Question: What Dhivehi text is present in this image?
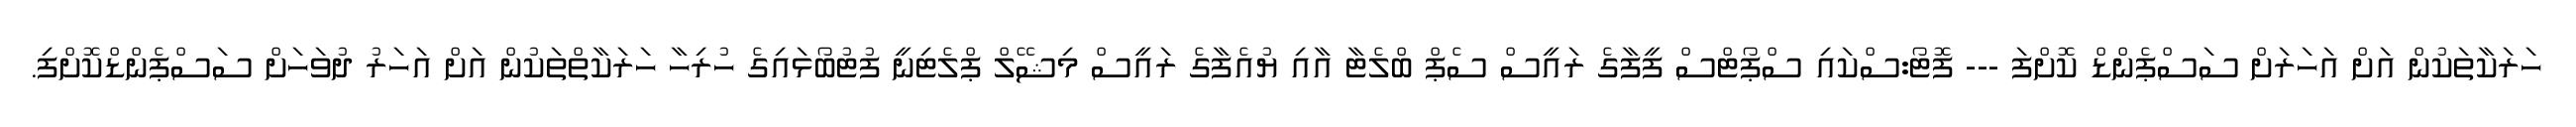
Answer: ހަރަކާތަކުން އަށް އަހަރަށް ސަސްޕެންޑް ކޮށްފަ --- ފޮޓޯ:ސްކައި ސްޕޯޓްސް ފީފާގެ ރައީސް ސެޕް ބްލެޓާ އާއި ޔުއެފާގެ ރައީސް މިޝޭލް ޕްލެޓިނީ ފުޓުބޯޅައިގެ ހުރިހާ ހަރަކާތްތަކުން އަށް އަހަރު ދުވަހަށް ސަސްޕެންޑްކޮށްފި.